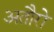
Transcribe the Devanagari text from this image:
अतौरो